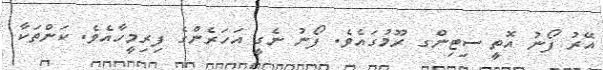
އޭރު ފޯނު އޮތީ ސިޓިންގ ރޫމުގައެވެ. ފޯނު ނެގީ އަހަރެންގެ ފިރިމީހާއެވެ. ކަންތަކާ